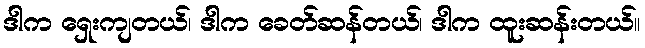
ဒါက ရှေးကျတယ်၊ ဒါက ခေတ်ဆန်တယ်၊ ဒါက ထူးဆန်းတယ်။